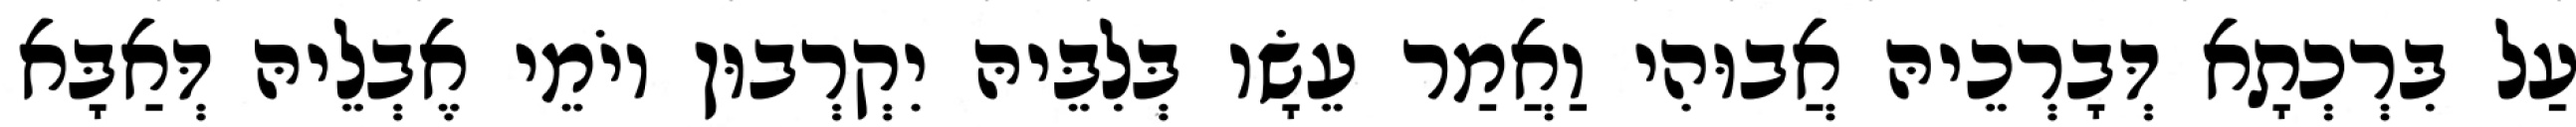
עַל בִּרְכְתָא דְּבָרְכֵיהּ אֲבוּהִי וַאֲמַר עֵשָׂו בְּלִבֵּיהּ יִקְרְבוּן יוֹמֵי אֶבְלֵיהּ דְּאַבָּא